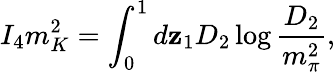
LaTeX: I_{4}m_{K}^{2}=\int_{0}^{1}d\mathbf{z}_{1}D_{2}\log{\frac{{D_{2}}}{{m_{\pi}^{2}}}},